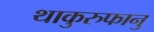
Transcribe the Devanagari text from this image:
थाकुरुफानु